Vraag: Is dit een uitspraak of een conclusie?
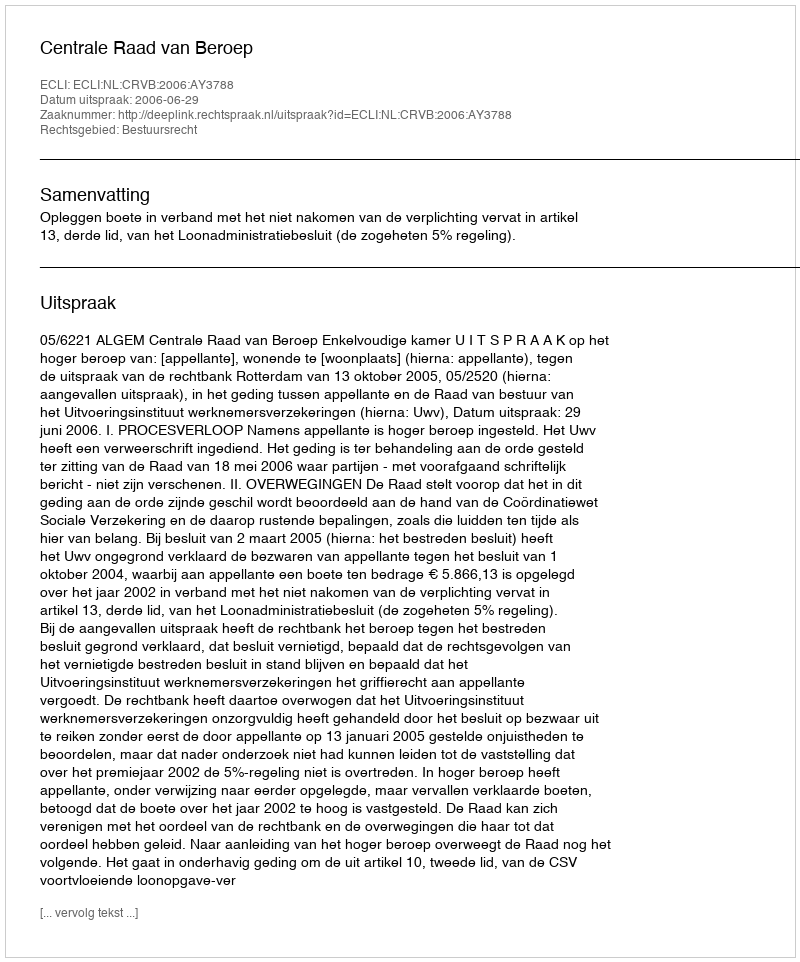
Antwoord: Uitspraak